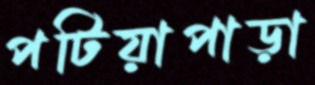
পটিয়াপাড়া